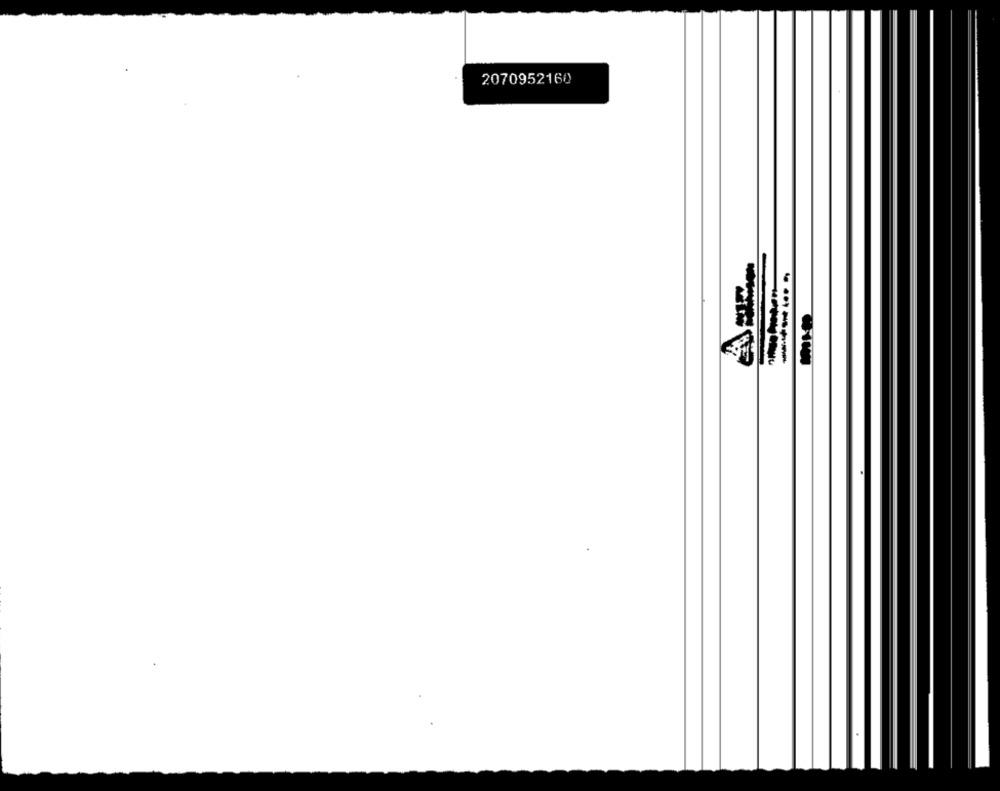
2070952160
-----